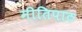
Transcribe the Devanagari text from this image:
नीतिपाठ